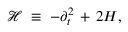
{ \mathcal H } \; \equiv \; - \partial _ { t } ^ { 2 } \, + \, 2 H ,